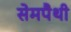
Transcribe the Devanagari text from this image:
सेमपैथी